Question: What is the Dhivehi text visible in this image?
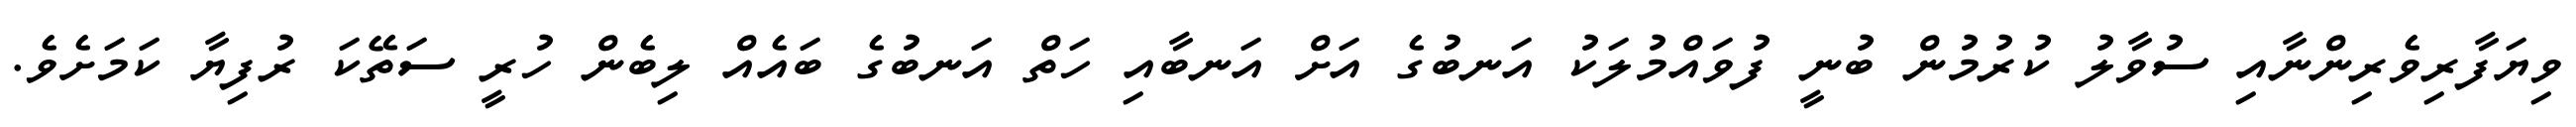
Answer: ވިޔަފާރިވެރިންނާއި ސުވާލު ކުރުމުން ބުނީ ފުވައްމުލަކު އަނބުގެ އަށް އަނބާއި ހަތް އަނބުގެ ބައެއް ލިބެން ހުރީ ސަތޭކަ ރުފިޔާ ކަމަށެވެ.